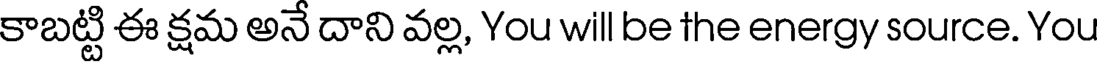
కాబట్టి ఈ క్షమ అనే దాని వల్ల, You will be the energy source. You